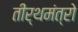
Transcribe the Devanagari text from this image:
तीर्थमंत्रो